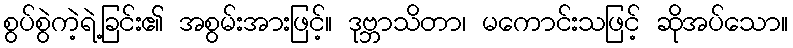
စွပ်စွဲကဲ့ရဲ့ခြင်း၏ အစွမ်းအားဖြင့်။ ဒုဗ္ဘာသိတာ၊ မကောင်းသဖြင့် ဆိုအပ်သော။